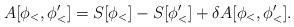
LaTeX: \begin{align*}A[\phi_<,\phi_<'] = S[\phi_<] - S[\phi_<'] + \delta A[\phi_<,\phi_<'].\end{align*}